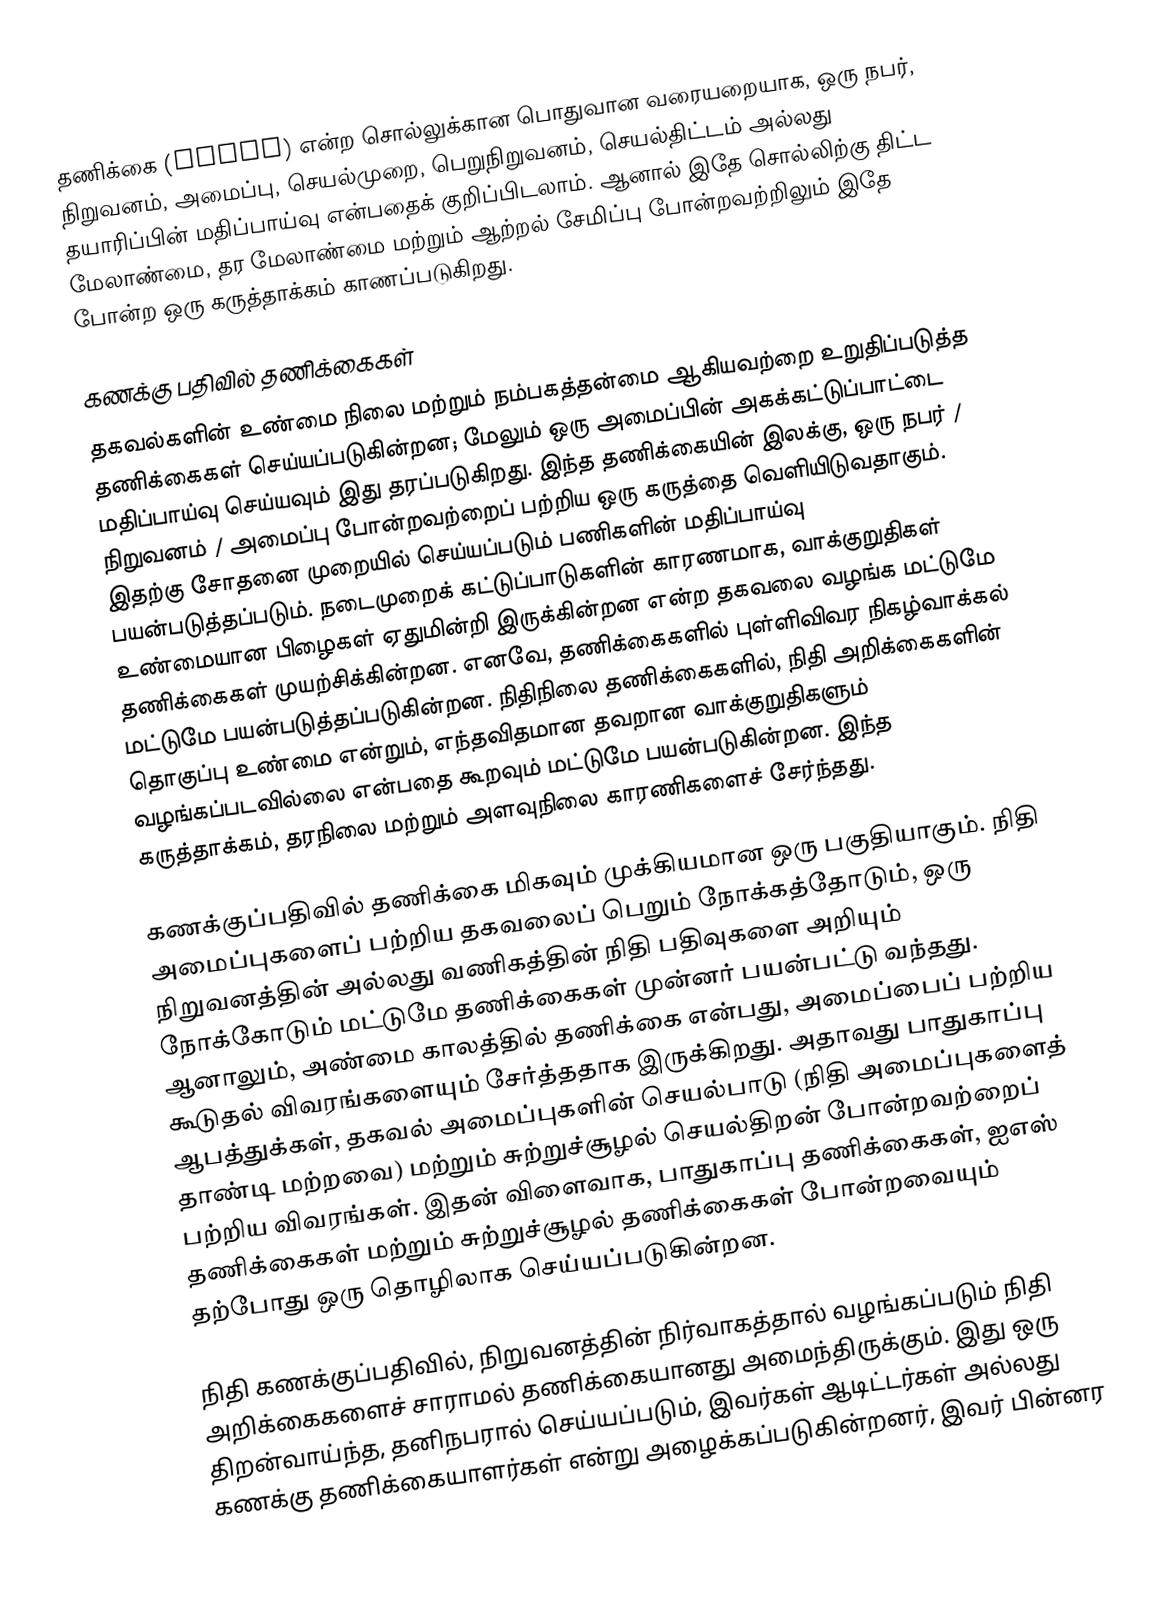
தணிக்கை (audit) என்ற சொல்லுக்கான பொதுவான வரையறையாக, ஒரு நபர், நிறுவனம், அமைப்பு, செயல்முறை, பெறுநிறுவனம், செயல்திட்டம் அல்லது தயாரிப்பின் மதிப்பாய்வு என்பதைக் குறிப்பிடலாம். ஆனால் இதே சொல்லிற்கு திட்ட மேலாண்மை, தர மேலாண்மை மற்றும் ஆற்றல் சேமிப்பு போன்றவற்றிலும் இதே போன்ற ஒரு கருத்தாக்கம் காணப்படுகிறது.

கணக்கு பதிவில் தணிக்கைகள்
தகவல்களின் உண்மை நிலை மற்றும் நம்பகத்தன்மை ஆகியவற்றை உறுதிப்படுத்த தணிக்கைகள் செய்யப்படுகின்றன; மேலும் ஒரு அமைப்பின் அகக்கட்டுப்பாட்டை மதிப்பாய்வு செய்யவும் இது தரப்படுகிறது. இந்த தணிக்கையின் இலக்கு, ஒரு நபர் / நிறுவனம் / அமைப்பு போன்றவற்றைப் பற்றிய ஒரு கருத்தை வெளியிடுவதாகும். இதற்கு சோதனை முறையில் செய்யப்படும் பணிகளின் மதிப்பாய்வு பயன்படுத்தப்படும்.  நடைமுறைக் கட்டுப்பாடுகளின் காரணமாக, வாக்குறுதிகள் உண்மையான பிழைகள் ஏதுமின்றி இருக்கின்றன என்ற தகவலை வழங்க மட்டுமே தணிக்கைகள் முயற்சிக்கின்றன.  எனவே, தணிக்கைகளில் புள்ளிவிவர நிகழ்வாக்கல் மட்டுமே பயன்படுத்தப்படுகின்றன. நிதிநிலை தணிக்கைகளில், நிதி அறிக்கைகளின் தொகுப்பு உண்மை என்றும், எந்தவிதமான தவறான வாக்குறுதிகளும் வழங்கப்படவில்லை என்பதை கூறவும் மட்டுமே பயன்படுகின்றன. இந்த கருத்தாக்கம், தரநிலை மற்றும் அளவுநிலை காரணிகளைச் சேர்ந்தது.

கணக்குப்பதிவில் தணிக்கை மிகவும் முக்கியமான ஒரு பகுதியாகும். நிதி அமைப்புகளைப் பற்றிய தகவலைப் பெறும் நோக்கத்தோடும், ஒரு நிறுவனத்தின் அல்லது வணிகத்தின் நிதி பதிவுகளை அறியும் நோக்கோடும் மட்டுமே தணிக்கைகள் முன்னர் பயன்பட்டு வந்தது. ஆனாலும், அண்மை காலத்தில் தணிக்கை என்பது, அமைப்பைப் பற்றிய கூடுதல் விவரங்களையும் சேர்த்ததாக இருக்கிறது. அதாவது பாதுகாப்பு ஆபத்துக்கள், தகவல் அமைப்புகளின் செயல்பாடு (நிதி அமைப்புகளைத் தாண்டி மற்றவை) மற்றும் சுற்றுச்சூழல் செயல்திறன் போன்றவற்றைப் பற்றிய விவரங்கள். இதன் விளைவாக, பாதுகாப்பு தணிக்கைகள், ஐஎஸ் தணிக்கைகள் மற்றும் சுற்றுச்சூழல் தணிக்கைகள் போன்றவையும் தற்போது ஒரு தொழிலாக செய்யப்படுகின்றன.

நிதி கணக்குப்பதிவில், நிறுவனத்தின் நிர்வாகத்தால் வழங்கப்படும் நிதி அறிக்கைகளைச் சாராமல் தணிக்கையானது அமைந்திருக்கும். இது ஒரு திறன்வாய்ந்த, தனிநபரால் செய்யப்படும், இவர்கள் ஆடிட்டர்கள் அல்லது கணக்கு தணிக்கையாளர்கள் என்று அழைக்கப்படுகின்றனர், இவர் பின்னர